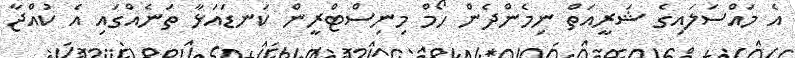
އެ މައްސަލައިގެ ޝަރީއަތް ނިމެންދެން ހޯމް މިނިސްޓްރީން ކަނޑައަޅާ ތަނެއްގައި އެ ކުއްޖާ